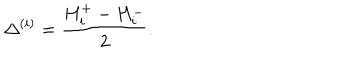
LaTeX: \Delta ^ { ( i ) } = \frac { H _ { i } ^ { + } - H _ { i } ^ { - } } { 2 } .